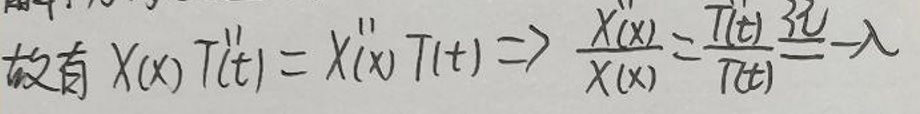
故有 \(X(x)T''(t)=X(x)T(t)\Rightarrow\frac{X''(x)}{X(x)}=\frac{T''(t)}{T(t)}=\lambda\) 入